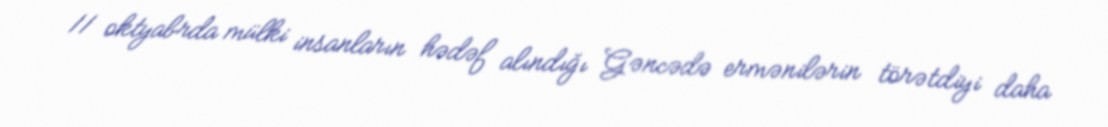
11 oktyabrda mülki insanların hədəf alındığı Gəncədə ermənilərin törətdiyi daha